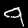
Label: 9